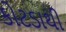
કોટડાથી